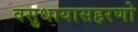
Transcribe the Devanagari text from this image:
वसुधायासहरणो